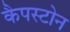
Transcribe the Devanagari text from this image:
कैपस्टोन